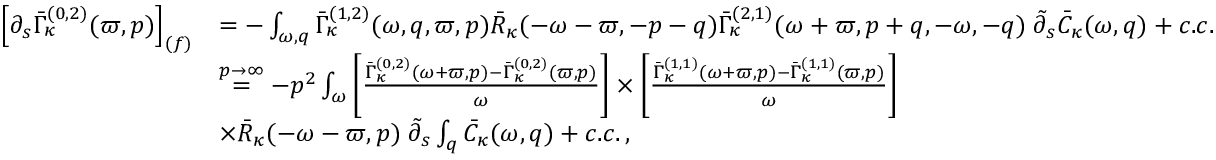
\begin{array} { r l } { \left[ \partial _ { s } \bar { \Gamma } _ { \kappa } ^ { ( 0 , 2 ) } ( \varpi , p ) \right] _ { ( f ) } } & { = - \int _ { \omega , q } \bar { \Gamma } _ { \kappa } ^ { ( 1 , 2 ) } ( \omega , q , \varpi , p ) \bar { R } _ { \kappa } ( - \omega - \varpi , - p - q ) \bar { \Gamma } _ { \kappa } ^ { ( 2 , 1 ) } ( \omega + \varpi , p + q , - \omega , - q ) \; \tilde { \partial } _ { s } \bar { C } _ { \kappa } ( \omega , q ) + c . c . } \\ & { \stackrel { p \to \infty } { = } - p ^ { 2 } \int _ { \omega } \left[ \frac { \bar { \Gamma } _ { \kappa } ^ { ( 0 , 2 ) } ( \omega + \varpi , p ) - \bar { \Gamma } _ { \kappa } ^ { ( 0 , 2 ) } ( \varpi , p ) } { \omega } \right] \times \left[ \frac { \bar { \Gamma } _ { \kappa } ^ { ( 1 , 1 ) } ( \omega + \varpi , p ) - \bar { \Gamma } _ { \kappa } ^ { ( 1 , 1 ) } ( \varpi , p ) } { \omega } \right] } \\ & { \times \bar { R } _ { \kappa } ( - \omega - \varpi , p ) \; \tilde { \partial } _ { s } \int _ { q } \bar { C } _ { \kappa } ( \omega , q ) + c . c . \, , } \end{array}